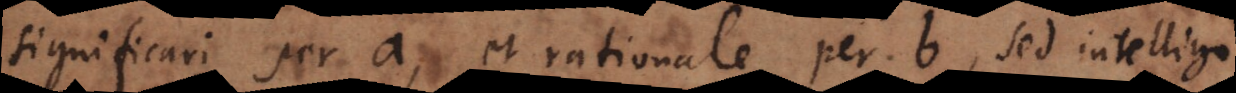
significari per a, et rationale per b, sed intelligo